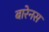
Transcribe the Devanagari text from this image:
बारेनस